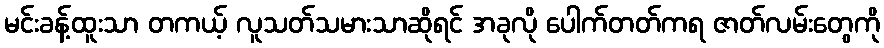
မင်းခန့်ထူးသာ တကယ့် လူသတ်သမားသာဆိုရင် အခုလို ပေါက်တတ်ကရ ဇာတ်လမ်းတွေကို